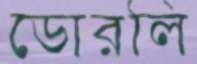
ডোরলি